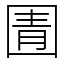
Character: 圊